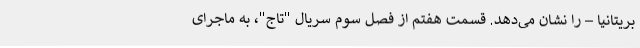
بریتانیا – را نشان می‌دهد. قسمت هفتم از فصل سوم سریال "تاج"، به ماجرای